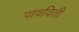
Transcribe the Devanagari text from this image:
पावविती